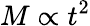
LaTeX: M\propto t^{2}